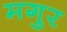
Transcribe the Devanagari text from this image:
मगुर